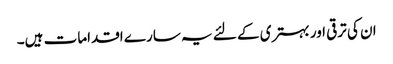
ان کی ترقی اور بہتری کے لئے یہ سارے اقدامات ہیں۔